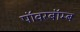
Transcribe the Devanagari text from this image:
पॉवरबॉम्ब